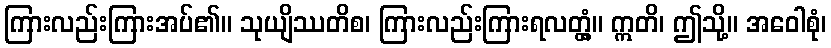
ကြားလည်းကြားအပ်၏။ သုယျိဿတိစ၊ ကြားလည်းကြားရလတ္တံ့။ ဣတိ၊ ဤသို့။ အဝေါစုံ၊